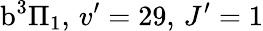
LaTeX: \textrm{b}^{3}\Pi_{1},\, v^{\prime}=29,\, J^{\prime}=1